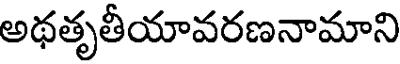
అథతృతీయావరణనామాని